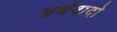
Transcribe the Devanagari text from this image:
अर्थवादो